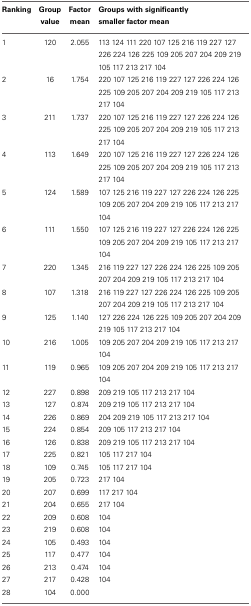
<table><thead><tr><td><b>Ranking</b></td><td><b>Group value</b></td><td><b>Factor mean</b></td><td><b>Groups with significantly smaller factor mean</b></td></tr></thead><tbody><tr><td>1</td><td>120</td><td>2.055</td><td>113 124 111 220 107 125 216 119 227 127</td></tr><tr><td></td><td></td><td></td><td>226 224 126 225 109 205 207 204 209 219</td></tr><tr><td></td><td></td><td></td><td>105 117 213 217 104</td></tr><tr><td>2</td><td>16</td><td>1.754</td><td>220 107 125 216 119 227 127 226 224 126</td></tr><tr><td></td><td></td><td></td><td>225 109 205 207 204 209 219 105 117 213</td></tr><tr><td></td><td></td><td></td><td>217 104</td></tr><tr><td>3</td><td>211</td><td>1.737</td><td>220 107 125 216 119 227 127 226 224 126</td></tr><tr><td></td><td></td><td></td><td>225 109 205 207 204 209 219 105 117 213</td></tr><tr><td></td><td></td><td></td><td>217 104</td></tr><tr><td>4</td><td>113</td><td>1.649</td><td>220 107 125 216 119 227 127 226 224 126</td></tr><tr><td></td><td></td><td></td><td>225 109 205 207 204 209 219 105 117 213</td></tr><tr><td></td><td></td><td></td><td>217 104</td></tr><tr><td>5</td><td>124</td><td>1.589</td><td>107 125 216 119 227 127 226 224 126 225</td></tr><tr><td></td><td></td><td></td><td>109 205 207 204 209 219 105 117 213 217</td></tr><tr><td></td><td></td><td></td><td>104</td></tr><tr><td>6</td><td>111</td><td>1.550</td><td>107 125 216 119 227 127 226 224 126 225</td></tr><tr><td></td><td></td><td></td><td>109 205 207 204 209 219 105 117 213 217</td></tr><tr><td></td><td></td><td></td><td>104</td></tr><tr><td>7</td><td>220</td><td>1.345</td><td>216 119 227 127 226 224 126 225 109 205</td></tr><tr><td></td><td></td><td></td><td>207 204 209 219 105 117 213 217 104</td></tr><tr><td>8</td><td>107</td><td>1.318</td><td>216 119 227 127 226 224 126 225 109 205</td></tr><tr><td></td><td></td><td></td><td>207 204 209 219 105 117 213 217 104</td></tr><tr><td>9</td><td>125</td><td>1.140</td><td>127 226 224 126 225 109 205 207 204 209</td></tr><tr><td></td><td></td><td></td><td>219 105 117 213 217 104</td></tr><tr><td>10</td><td>216</td><td>1.005</td><td>109 205 207 204 209 219 105 117 213 217</td></tr><tr><td></td><td></td><td></td><td>104</td></tr><tr><td>11</td><td>119</td><td>0.965</td><td>109 205 207 204 209 219 105 117 213 217</td></tr><tr><td></td><td></td><td></td><td>104</td></tr><tr><td>12</td><td>227</td><td>0.898</td><td>209 219 105 117 213 217 104</td></tr><tr><td>13</td><td>127</td><td>0.874</td><td>209 219 105 117 213 217 104</td></tr><tr><td>14</td><td>226</td><td>0.869</td><td>204 209 219 105 117 213 217 104</td></tr><tr><td>15</td><td>224</td><td>0.854</td><td>209 105 117 213 217 104</td></tr><tr><td>16</td><td>126</td><td>0.838</td><td>209 219 105 117 213 217 104</td></tr><tr><td>17</td><td>225</td><td>0.821</td><td>105 117 217 104</td></tr><tr><td>18</td><td>109</td><td>0.745</td><td>105 117 217 104</td></tr><tr><td>19</td><td>205</td><td>0.723</td><td>217 104</td></tr><tr><td>20</td><td>207</td><td>0.699</td><td>117 217 104</td></tr><tr><td>21</td><td>204</td><td>0.655</td><td>217 104</td></tr><tr><td>22</td><td>209</td><td>0.608</td><td>104</td></tr><tr><td>23</td><td>219</td><td>0.608</td><td>104</td></tr><tr><td>24</td><td>105</td><td>0.493</td><td>104</td></tr><tr><td>25</td><td>117</td><td>0.477</td><td>104</td></tr><tr><td>26</td><td>213</td><td>0.474</td><td>104</td></tr><tr><td>27</td><td>217</td><td>0.428</td><td>104</td></tr><tr><td>28</td><td>104</td><td>0.000</td><td></td></tr></tbody></table>